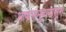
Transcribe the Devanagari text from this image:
भाषासमूहापासून